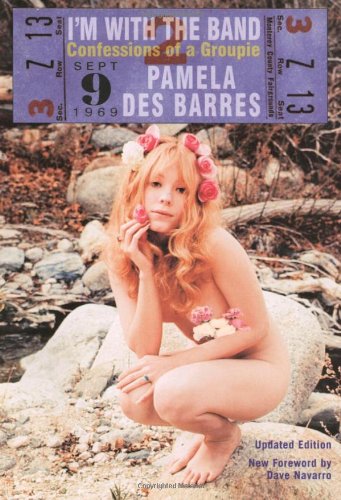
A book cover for I'm with the Band: Confessions of a Groupie; Pamela Des Barres; Arts & Photography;